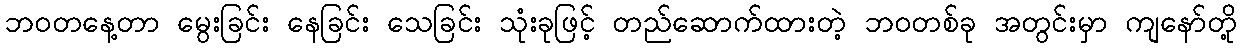
ဘဝတနေ့တာ မွေးခြင်း နေခြင်း သေခြင်း သုံးခုဖြင့် တည်ဆောက်ထားတဲ့ ဘဝတစ်ခု အတွင်းမှာ ကျနော်တို့